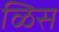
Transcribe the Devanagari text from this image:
ळिस